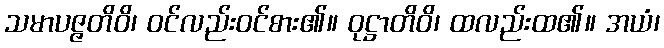
သမာပဇ္ဇတိဝိ၊ ဝင်လည်းဝင်စား၏။ ဝုဋ္ဌာတိဝိ၊ ထလည်းထ၏။ အယံ၊